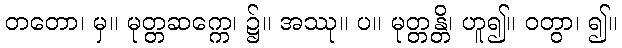
တတော၊ မှ။ မုတ္တဆက္ကေ၊ ၌။ အဿု။ ပ။ မုတ္တန္တိ၊ ဟူ၍။ ဝတွာ၊ ၍။